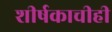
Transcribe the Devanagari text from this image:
शीर्षकाचीही